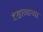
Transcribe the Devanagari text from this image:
देखाव्याच्या